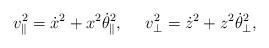
LaTeX: \begin{align*}v^2_{\parallel}=\dot{x}^2+x^2\dot{\theta}^2_{\parallel},\ \ \ \ v^2_{\perp}=\dot{z}^2+z^2\dot{\theta}^2_{\perp},\end{align*}